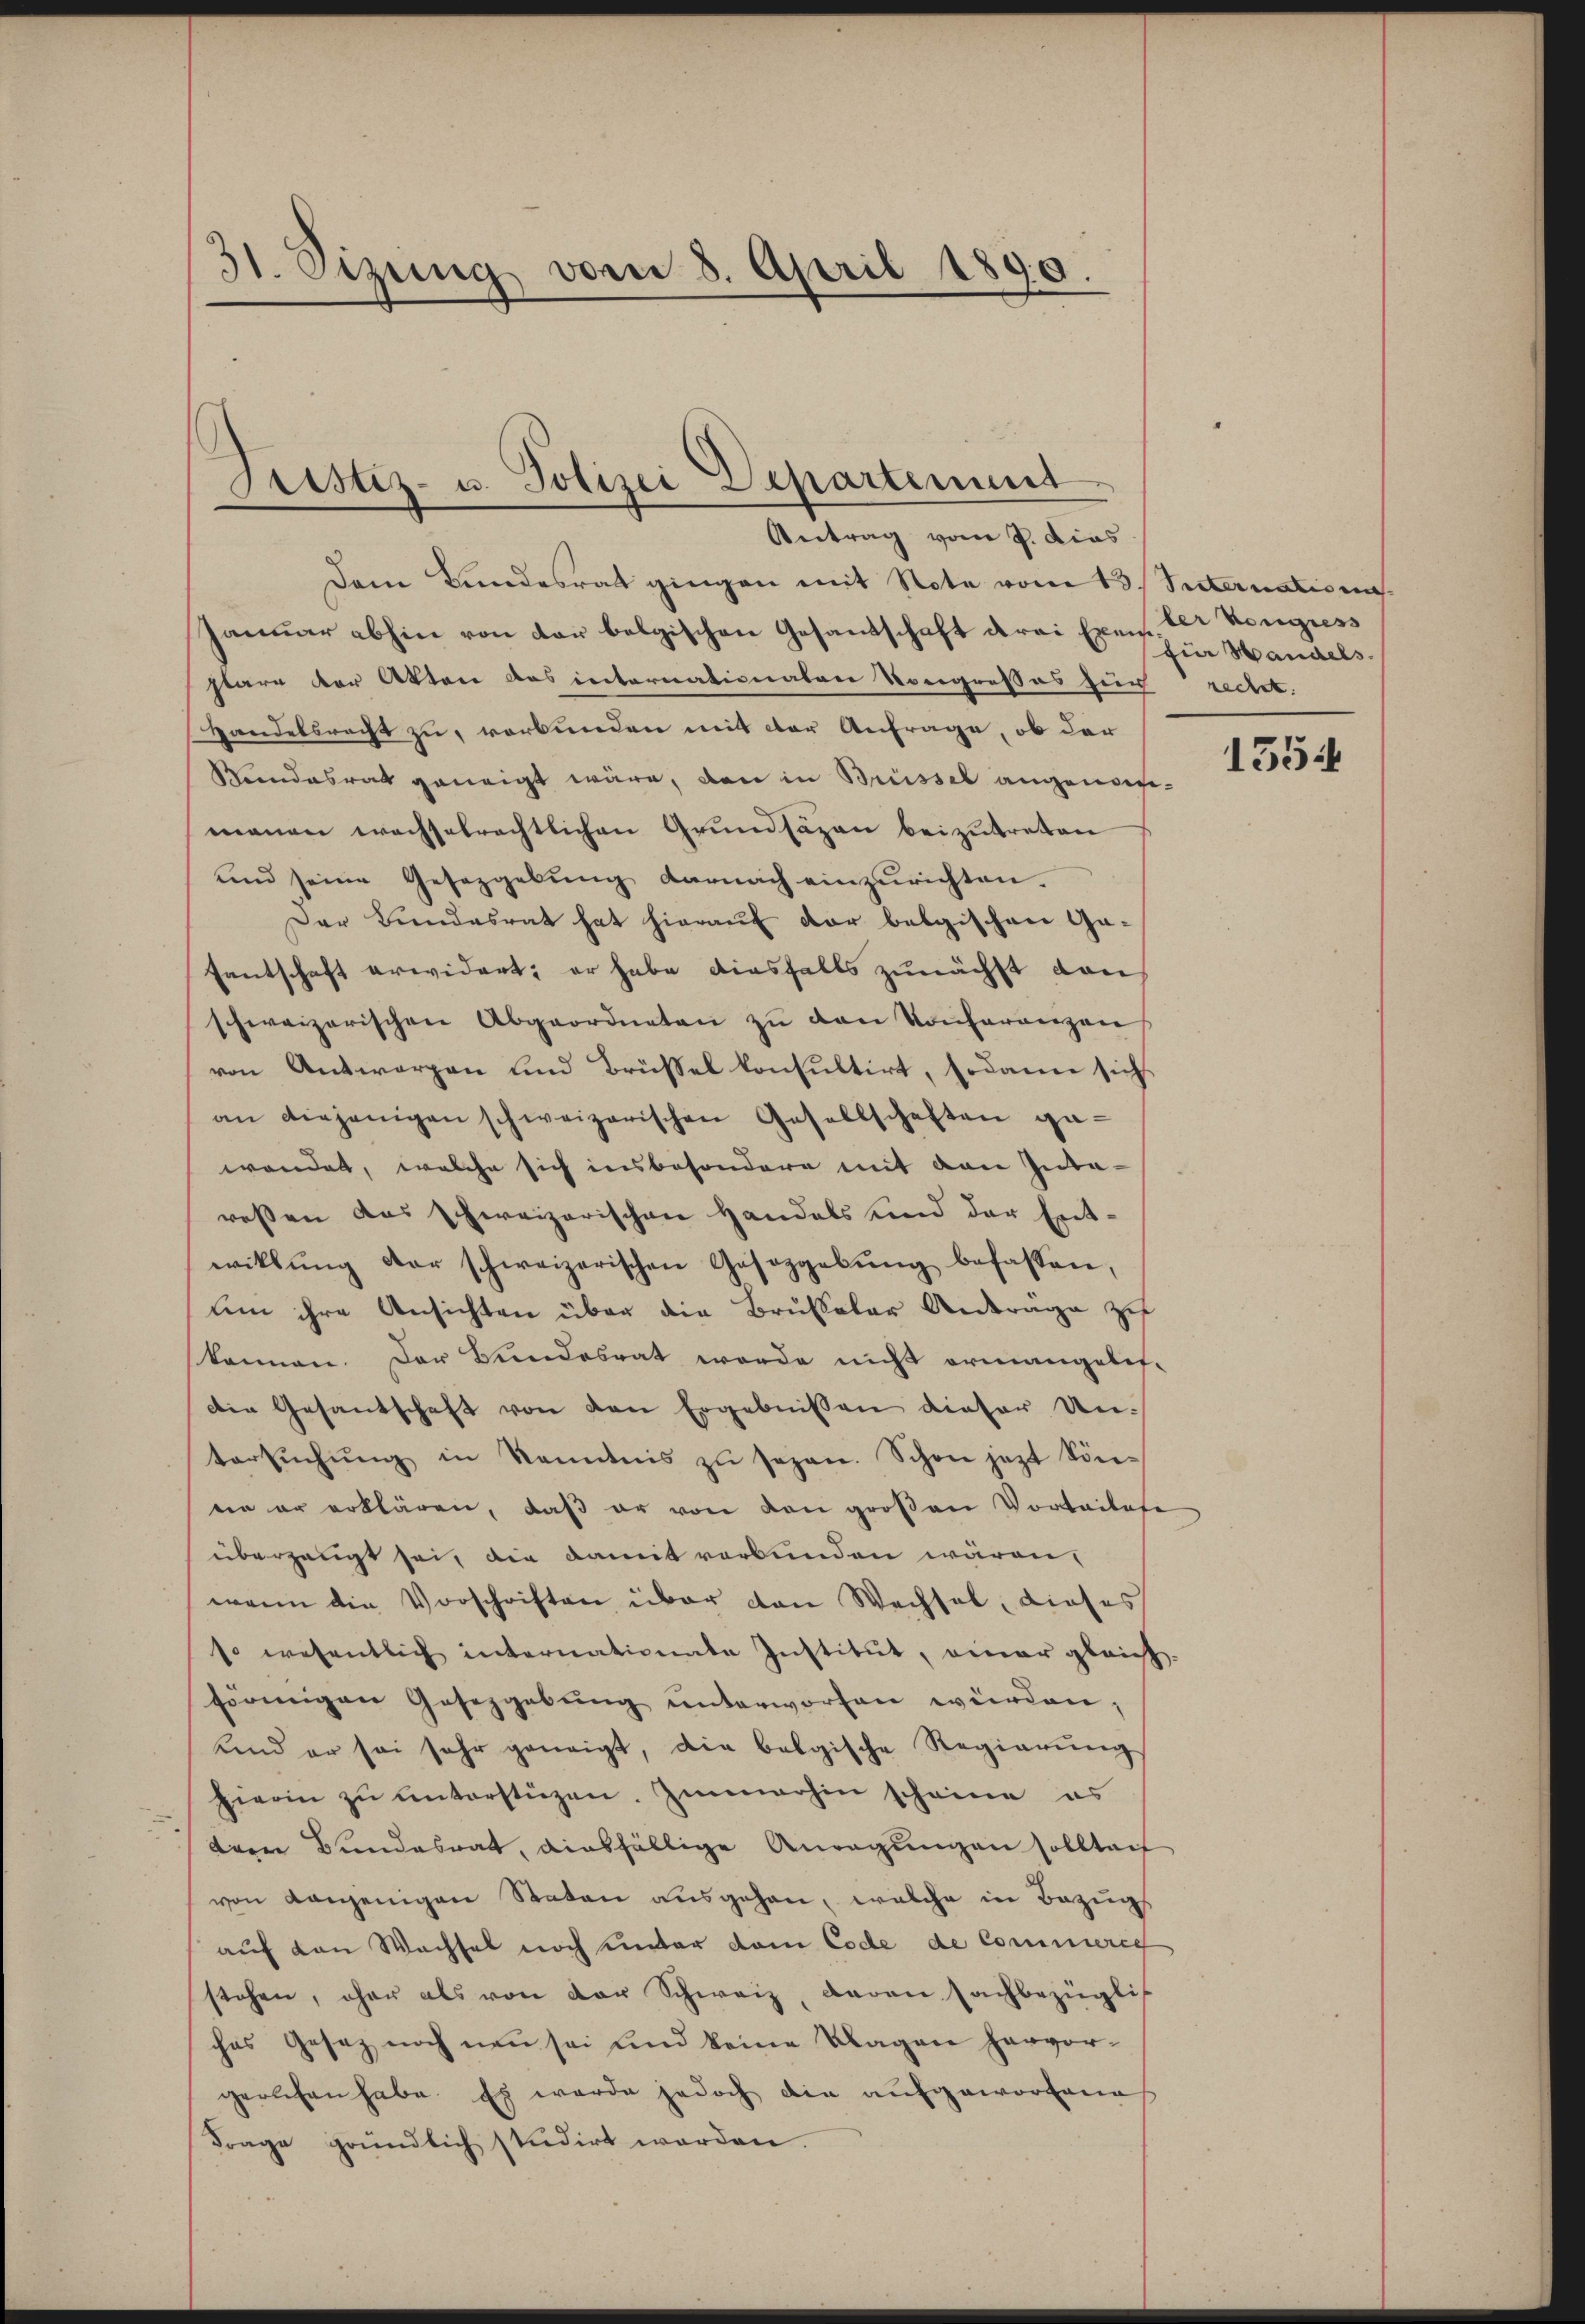
31. Sizung vom 8. April 1890.

Justiz- u. Polizei Departement

Antrag vom 9. dies
Dem Bundesrat gingen mit Note vom 13. Suternationa
Januar abhin von der belgischen Gesandschaft drei Exen der Kongress
stare der Akten das internationaten Vorgroßes für recht.
Handelsrecht zu, verbunden mit der Anfrage, ob der
Rendesrat geneigt wäre, den in Brüssel angenom-
manen wachselrechtlichen Grundsazen beizutreten
und seine Gesetzgebŭng darnach einzurichten.
Der Bundesrat hat hierauf der belgischen Gafantschaft erwidert; er habe diesfalls zunächst von
schweizerischen Abgeordneten zu den Konferenzen
von Antworgen und Brüssel konsultirt, sodann sich
an diejenigen schweizerischen Gesellschaften ge-
wendet, welche sich insbesondere mit den Inte-
ressen das schweizerischen Handels und der Entwillŭng der schweizerischen Geseggebŭng befassen,
um ihre Ansichten über die Brusaler Anträge zu
können. Der Bundesrat werde nicht ermangelis-
die Gesantschaft von den Ergebnissen dieser Untersŭchŭng in Kenntnis zŭ sezen. Schon jezt Sön-
ein er erklären, daß er von den großen Vorbeitete
überzeugt sei, die damit verbunden wären,
wenn die Vorschriften über von Wechsel, dieses
so wesentlich internationate Institut, einer gleich-
förmigen Gesetzgebŭng ŭnterworfen würden;
und er sei sehr geneigt, die belgische Regierŭng
hierin zŭ ŭnterstüzen. Immerhin scheine es
dern Bundesrat, diesfällige Anregungen sollten
von denjenigen Staten ausgehen, welche in Bezugs
auf den Wachsel noch unter dem Code de Commere
stehen, ohne als von der Schweiz, davon Fachbezüglic
ches Gesez noch neu sei und keine Klagen hervor-
gerlehen habe. Es wurde jedoch die aufgeworfene
Frage gründlich studirt worden.

für Handels.

1554